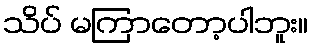
သိပ် မကြာတော့ပါဘူး။